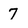
Character: 7